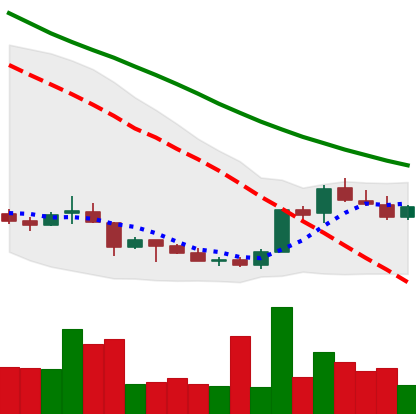
Ticker: LINK-USD
Chart end date: 2018-07-06
Forward return: -10.095%
Label: down_7plus